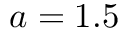
a = 1 . 5